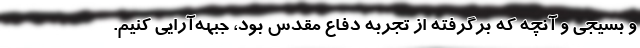
و بسیجی و آنچه که برگرفته از تجربه دفاع مقدس بود، جبهه‌آرایی کنیم.